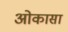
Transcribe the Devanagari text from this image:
ओकासा